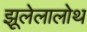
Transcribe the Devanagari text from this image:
झूलेलालोथ